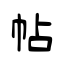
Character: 帖